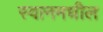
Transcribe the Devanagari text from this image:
स्वानमधील